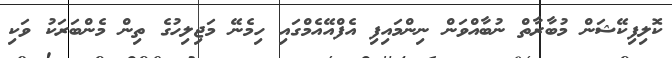
ކޮލިފިކޭޝަން މުބާރާތް ނުބާއްވަން ނިންމައިފި އެފްއޭއެމްގައި ހިމެނޭ މަޖިލިހުގެ ތިން މެންބަރަކު ވަކި